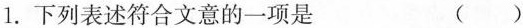
1.下列表述符合文意的一项是 ( )